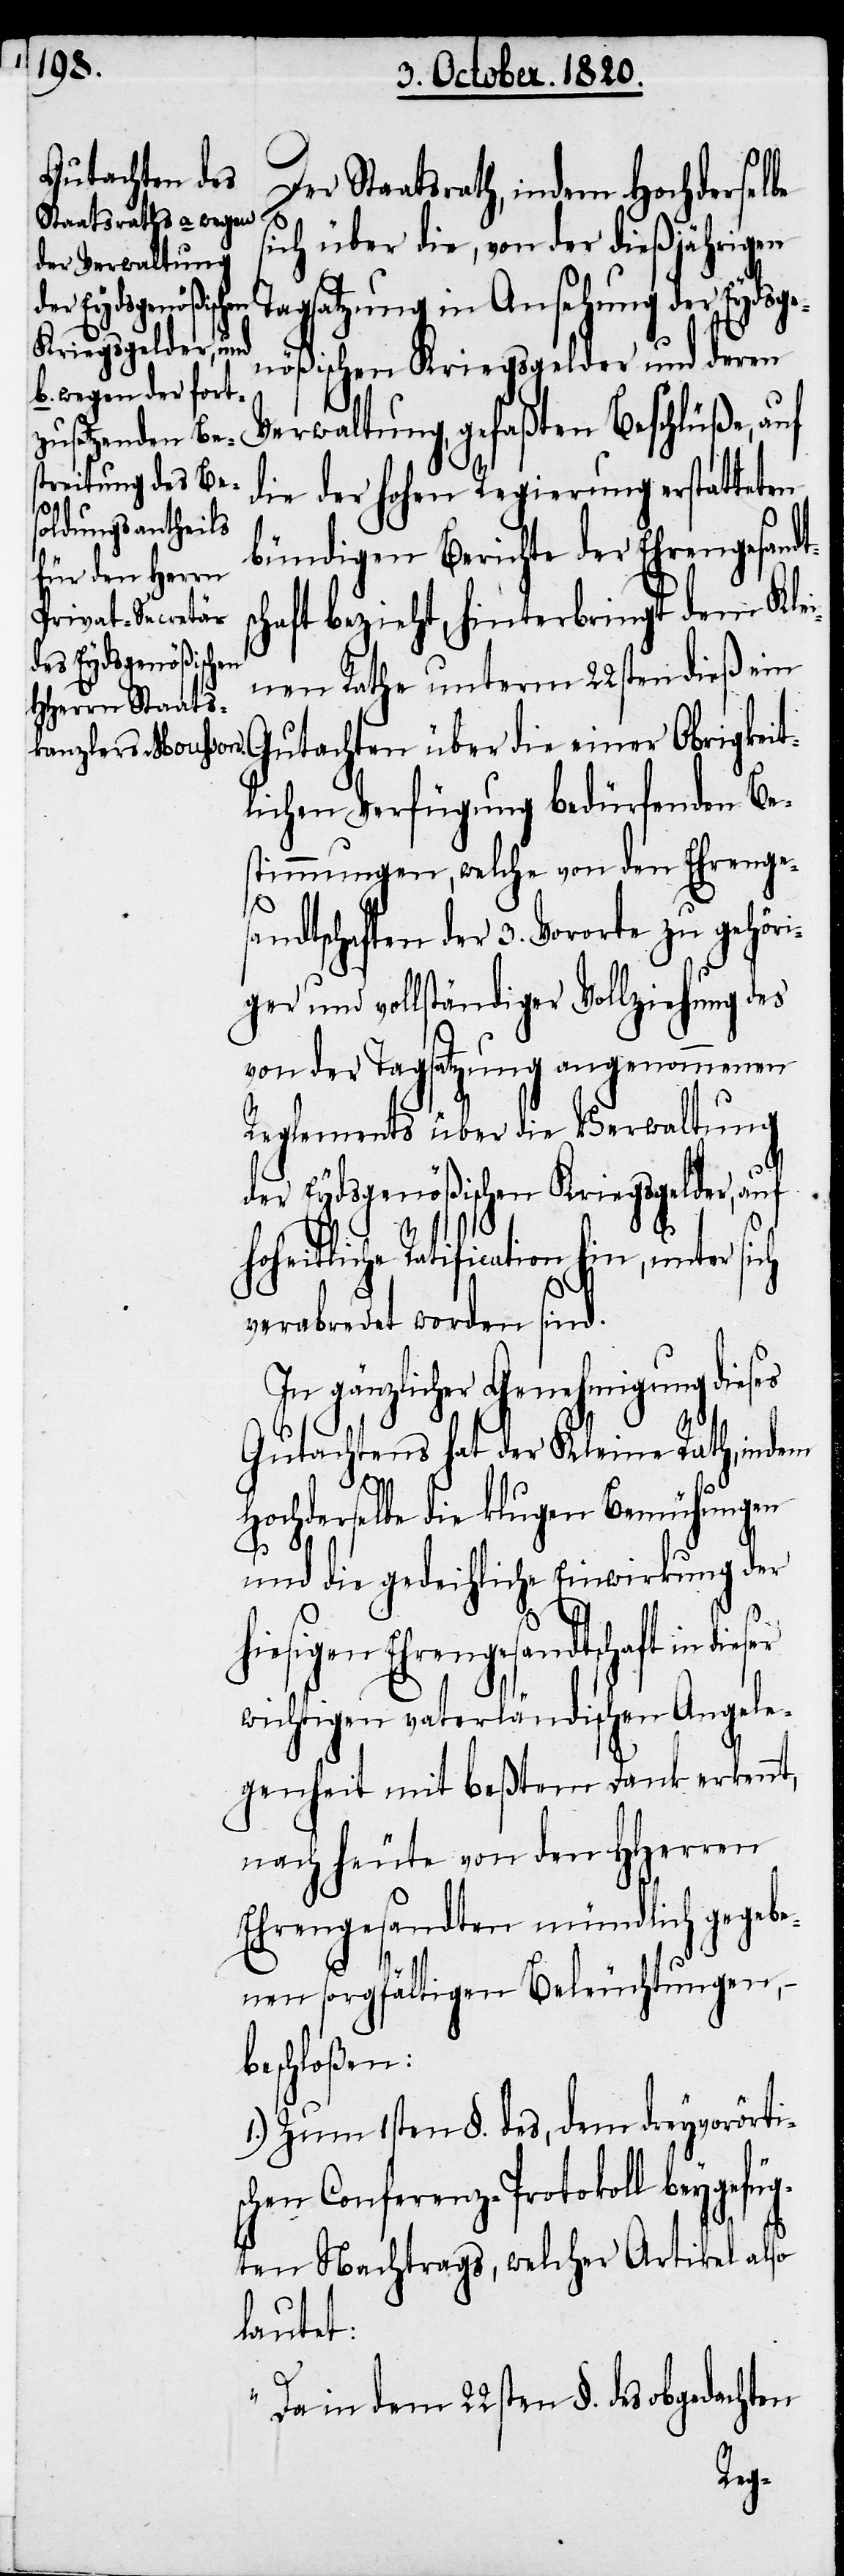
Der Staatsrath, indem Hochderselbe
sich über die, von der dießjährigen
Tagsatzung in Ansehung der Eydsge¬
nößischen Kriegsgelder und deren
Verwaltung, gefaßten Beschluße, auf
die der hohen Regierung erstatteten
bündigen Berichte der Ehrengesand¬
haft bezieht, hinterbringt dem Kle¬
inen Rathe unterm 22sten dieß ein
Gutachten über die einer Obrigkeit¬
lichen Verfügung bedürfenden Be¬
stimmungen, welche von den Ehrenges¬
andtschaften der 3. Vororte zu gehör¬
iger und vollständiger Vollziehung des
von der Tagsatzung angenommenen
Reglements über die Verwaltung
der Eydsgenößischen Kriegsgelder, auf
hoheitliche Ratification hin, unter sich
ser
verabredet worden sind.
In gänzlicher Genehmigung dieses
Gutachtens hat der Kleine Rath, indem
hochderselbe die klugen Bemühungen
und die gedeihliche Einwirkung der
hiesigen Ehrengesandtschaft in die¬
wichtigen vaterländischen Angele¬
genheit mit beßtem Dank erkennt,
nach heute von dem Hherren
Ehrengesandten mündlich gegebe¬
s¬
nen sorgfältigen Beleuchtungen,
beschloßen:
1.) Zum 1sten §. des, dem dreyvorörti¬
chen Conferenz-Protokoll beygefü¬
gten Nachtrags, welcher Artikel also
lautet:
„Darin dem 22sten §. des obgedachten
tsc¬